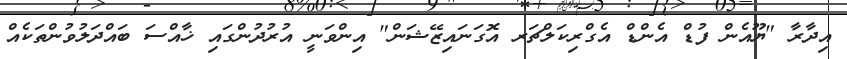
އިދާރާ "ޔޫއެން ފުޑް އެންޑް އެގްރިކަލްޗަަރ އޮގަނައިޒޭޝަން" އިންވަނީ އުރުދުންގައި ޚާއްސަ ބައްދަލުވުންތަކެއް